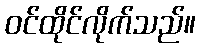
ဝင်ထိုင်လိုက်သည်။